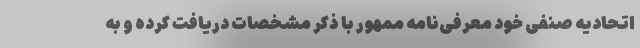
اتحادیه صنفی خود معرفی‌نامه ممهور با ذکر مشخصات دریافت کرده و به